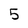
Character: 5